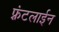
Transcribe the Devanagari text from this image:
फ़्रंटलाईन